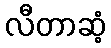
လီတာဆံ့